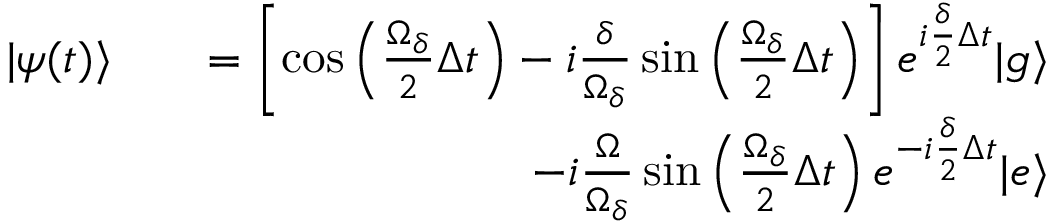
\begin{array} { r l r } { \vert \psi ( t ) \rangle } & { } & { = \left[ \cos \left( \frac { \Omega _ { \delta } } { 2 } \Delta t \right) - i \frac { \delta } { \Omega _ { \delta } } \sin \left( \frac { \Omega _ { \delta } } { 2 } \Delta t \right) \right] e ^ { i \frac { \delta } { 2 } \Delta t } \vert g \rangle } \\ & { } & { - i \frac { \Omega } { \Omega _ { \delta } } \sin \left( \frac { \Omega _ { \delta } } { 2 } \Delta t \right) e ^ { - i \frac { \delta } { 2 } \Delta t } \vert e \rangle } \end{array}